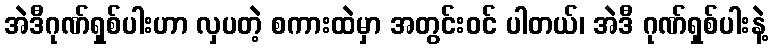
အဲဒီဂုဏ်ရှစ်ပါးဟာ လှပတဲ့ စကားထဲမှာ အတွင်းဝင် ပါတယ်၊ အဲဒီ ဂုဏ်ရှစ်ပါးနဲ့